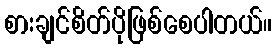
စားချင်စိတ်ပိုဖြစ်စေပါတယ်။